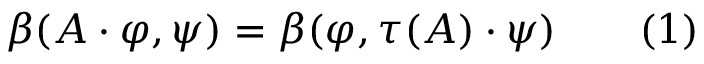
\quad \beta ( A \cdot \varphi , \psi ) = \beta ( \varphi , \tau ( A ) \cdot \psi ) \qquad ( 1 )